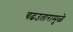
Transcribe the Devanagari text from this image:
चढउतारामुळे